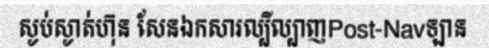
ស្ងប់ស្ងាត់ហ៊ុន សែនឯកសារល្បីល្បាញPost-Navឡាន